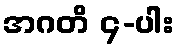
အဂတိ ၄-ပါး